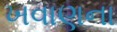
ખવાણના